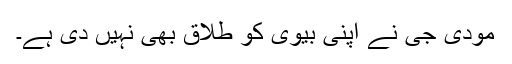
مودی جی نے اپنی بیوی کو طلاق بھی نہیں دی ہے۔